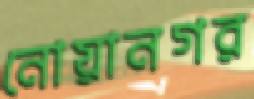
নোয়ানগর